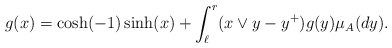
\begin{align*}g(x)=\cosh(-1) \sinh(x) +\int_{\ell}^r(x\vee y-y^+)g(y)\mu_A(dy).\end{align*}